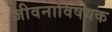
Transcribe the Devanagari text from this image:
जीवनाविषयक